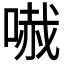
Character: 𠻏